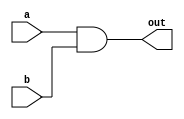
/*
   This file was generated automatically by Alchitry Labs version 1.2.1.
   Do not edit this file directly. Instead edit the original Lucid source.
   This is a temporary file and any changes made to it will be destroyed.
*/

module and_gate_24 (
    input a,
    input b,
    output reg out
  );
  
  
  
  always @* begin
    out = a & b;
  end
endmodule